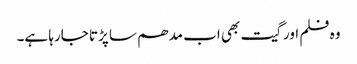
وہ فلم اور گیت بھی اب مدھم سا پڑتا جارہا ہے۔